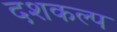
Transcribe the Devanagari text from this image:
दशकल्प